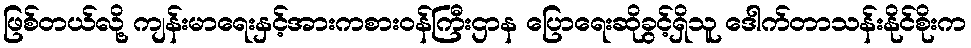
ဖြစ်တယ်လို့ ကျန်းမာရေးနှင့်အားကစားဝန်ကြီးဌာန ပြောရေးဆိုခွင့်ရှိသူ ဒေါက်တာသန်းနိုင်စိုးက